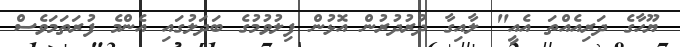
ޔޫހާގެ ދަރިއެއްތަ އެއީ" ލާއިގާ ދުރުދުރުން އޮޅުން ފިލުވުމުގެ ބަދަލުގައި އެންމެ ފުރަތަމަވެސް